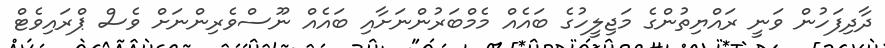
ދާދިފަހުން ވަނީ ރައްޔިތުންގެ މަޖިލީހުގެ ބައެއް މެމްބަރުންނަށާއި ބައެއް ނޫސްވެރިންނަށް ވެސް ޕްރައިވެޓް